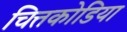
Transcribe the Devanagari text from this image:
चित्तकोडिया